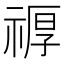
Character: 𮂆